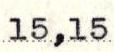
15,15